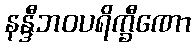
နန္ဒီဘဝပရိက္ခီဏော